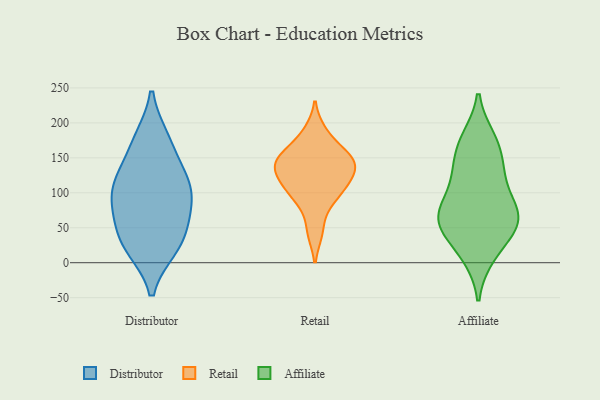
{"axis": {"x": "Gross Profit (USD K)", "y": "Value"}, "legend": ["Affiliate", "Distributor", "Retail"], "data": [{"x": "", "y": 177, "type": "Distributor"}, {"x": "", "y": 176, "type": "Distributor"}, {"x": "", "y": 21, "type": "Distributor"}, {"x": "", "y": 27, "type": "Distributor"}, {"x": "", "y": 101, "type": "Distributor"}, {"x": "", "y": 107, "type": "Distributor"}, {"x": "", "y": 58, "type": "Distributor"}, {"x": "", "y": 79, "type": "Distributor"}, {"x": "", "y": 121, "type": "Distributor"}, {"x": "", "y": 102, "type": "Distributor"}, {"x": "", "y": 21, "type": "Distributor"}, {"x": "", "y": 58, "type": "Distributor"}, {"x": "", "y": 136, "type": "Distributor"}, {"x": "", "y": 82, "type": "Retail"}, {"x": "", "y": 43, "type": "Retail"}, {"x": "", "y": 188, "type": "Retail"}, {"x": "", "y": 103, "type": "Retail"}, {"x": "", "y": 105, "type": "Retail"}, {"x": "", "y": 145, "type": "Retail"}, {"x": "", "y": 164, "type": "Retail"}, {"x": "", "y": 151, "type": "Retail"}, {"x": "", "y": 135, "type": "Retail"}, {"x": "", "y": 117, "type": "Retail"}, {"x": "", "y": 130, "type": "Retail"}, {"x": "", "y": 146, "type": "Retail"}, {"x": "", "y": 55, "type": "Affiliate"}, {"x": "", "y": 79, "type": "Affiliate"}, {"x": "", "y": 62, "type": "Affiliate"}, {"x": "", "y": 47, "type": "Affiliate"}, {"x": "", "y": 10, "type": "Affiliate"}, {"x": "", "y": 12, "type": "Affiliate"}, {"x": "", "y": 132, "type": "Affiliate"}, {"x": "", "y": 128, "type": "Affiliate"}, {"x": "", "y": 132, "type": "Affiliate"}, {"x": "", "y": 166, "type": "Affiliate"}, {"x": "", "y": 55, "type": "Affiliate"}, {"x": "", "y": 177, "type": "Affiliate"}, {"x": "", "y": 78, "type": "Affiliate"}, {"x": "", "y": 175, "type": "Affiliate"}, {"x": "", "y": 53, "type": "Affiliate"}, {"x": "", "y": 98, "type": "Affiliate"}, {"x": "", "y": 69, "type": "Affiliate"}]}